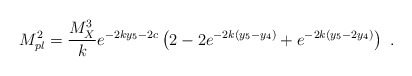
\begin{align*}M_{pl}^2 = {{M_X^3}\over k} e^{-2 k y_5 -2c }\left(2- 2e^{-2 k (y_5 -y_4) } + e^{-2 k ( y_5 -2 y_4)} \right)~.~\,\end{align*}